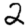
Digit: 2